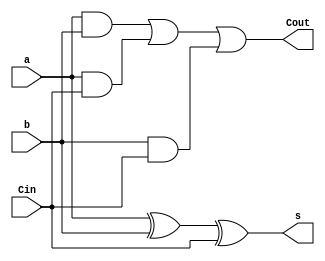
`timescale 1ns / 1ps

module ADDER(input a, input b, input Cin, output Cout, output s);
   wire [3:0]l;
    
    xor (s, a, b, Cin);
    and (l[0], a, b),
        (l[1], a, Cin),
        (l[2], b, Cin);
    or  (Cout, l[0], l[1], l[2]);
endmodule